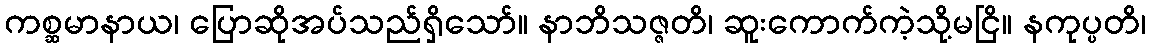
ကစ္ဆမာနာယ၊ ပြောဆိုအပ်သည်ရှိသော်။ နာဘိသဇ္ဇတိ၊ ဆူးကောက်ကဲ့သို့မငြိ။ နကုပ္ပတိ၊